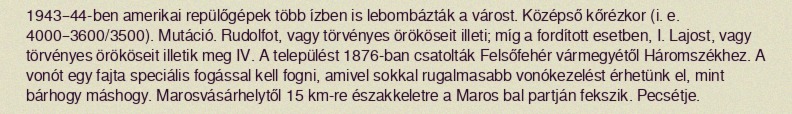
1943–44-ben amerikai repülőgépek több ízben is lebombázták a várost. Középső kőrézkor (i. e. 4000–3600/3500). Mutáció. Rudolfot, vagy törvényes örököseit illeti; míg a fordított esetben, I. Lajost, vagy törvényes örököseit illetik meg IV. A települést 1876-ban csatolták Felsőfehér vármegyétől Háromszékhez. A vonót egy fajta speciális fogással kell fogni, amivel sokkal rugalmasabb vonókezelést érhetünk el, mint bárhogy máshogy. Marosvásárhelytől 15 km-re északkeletre a Maros bal partján fekszik. Pecsétje.